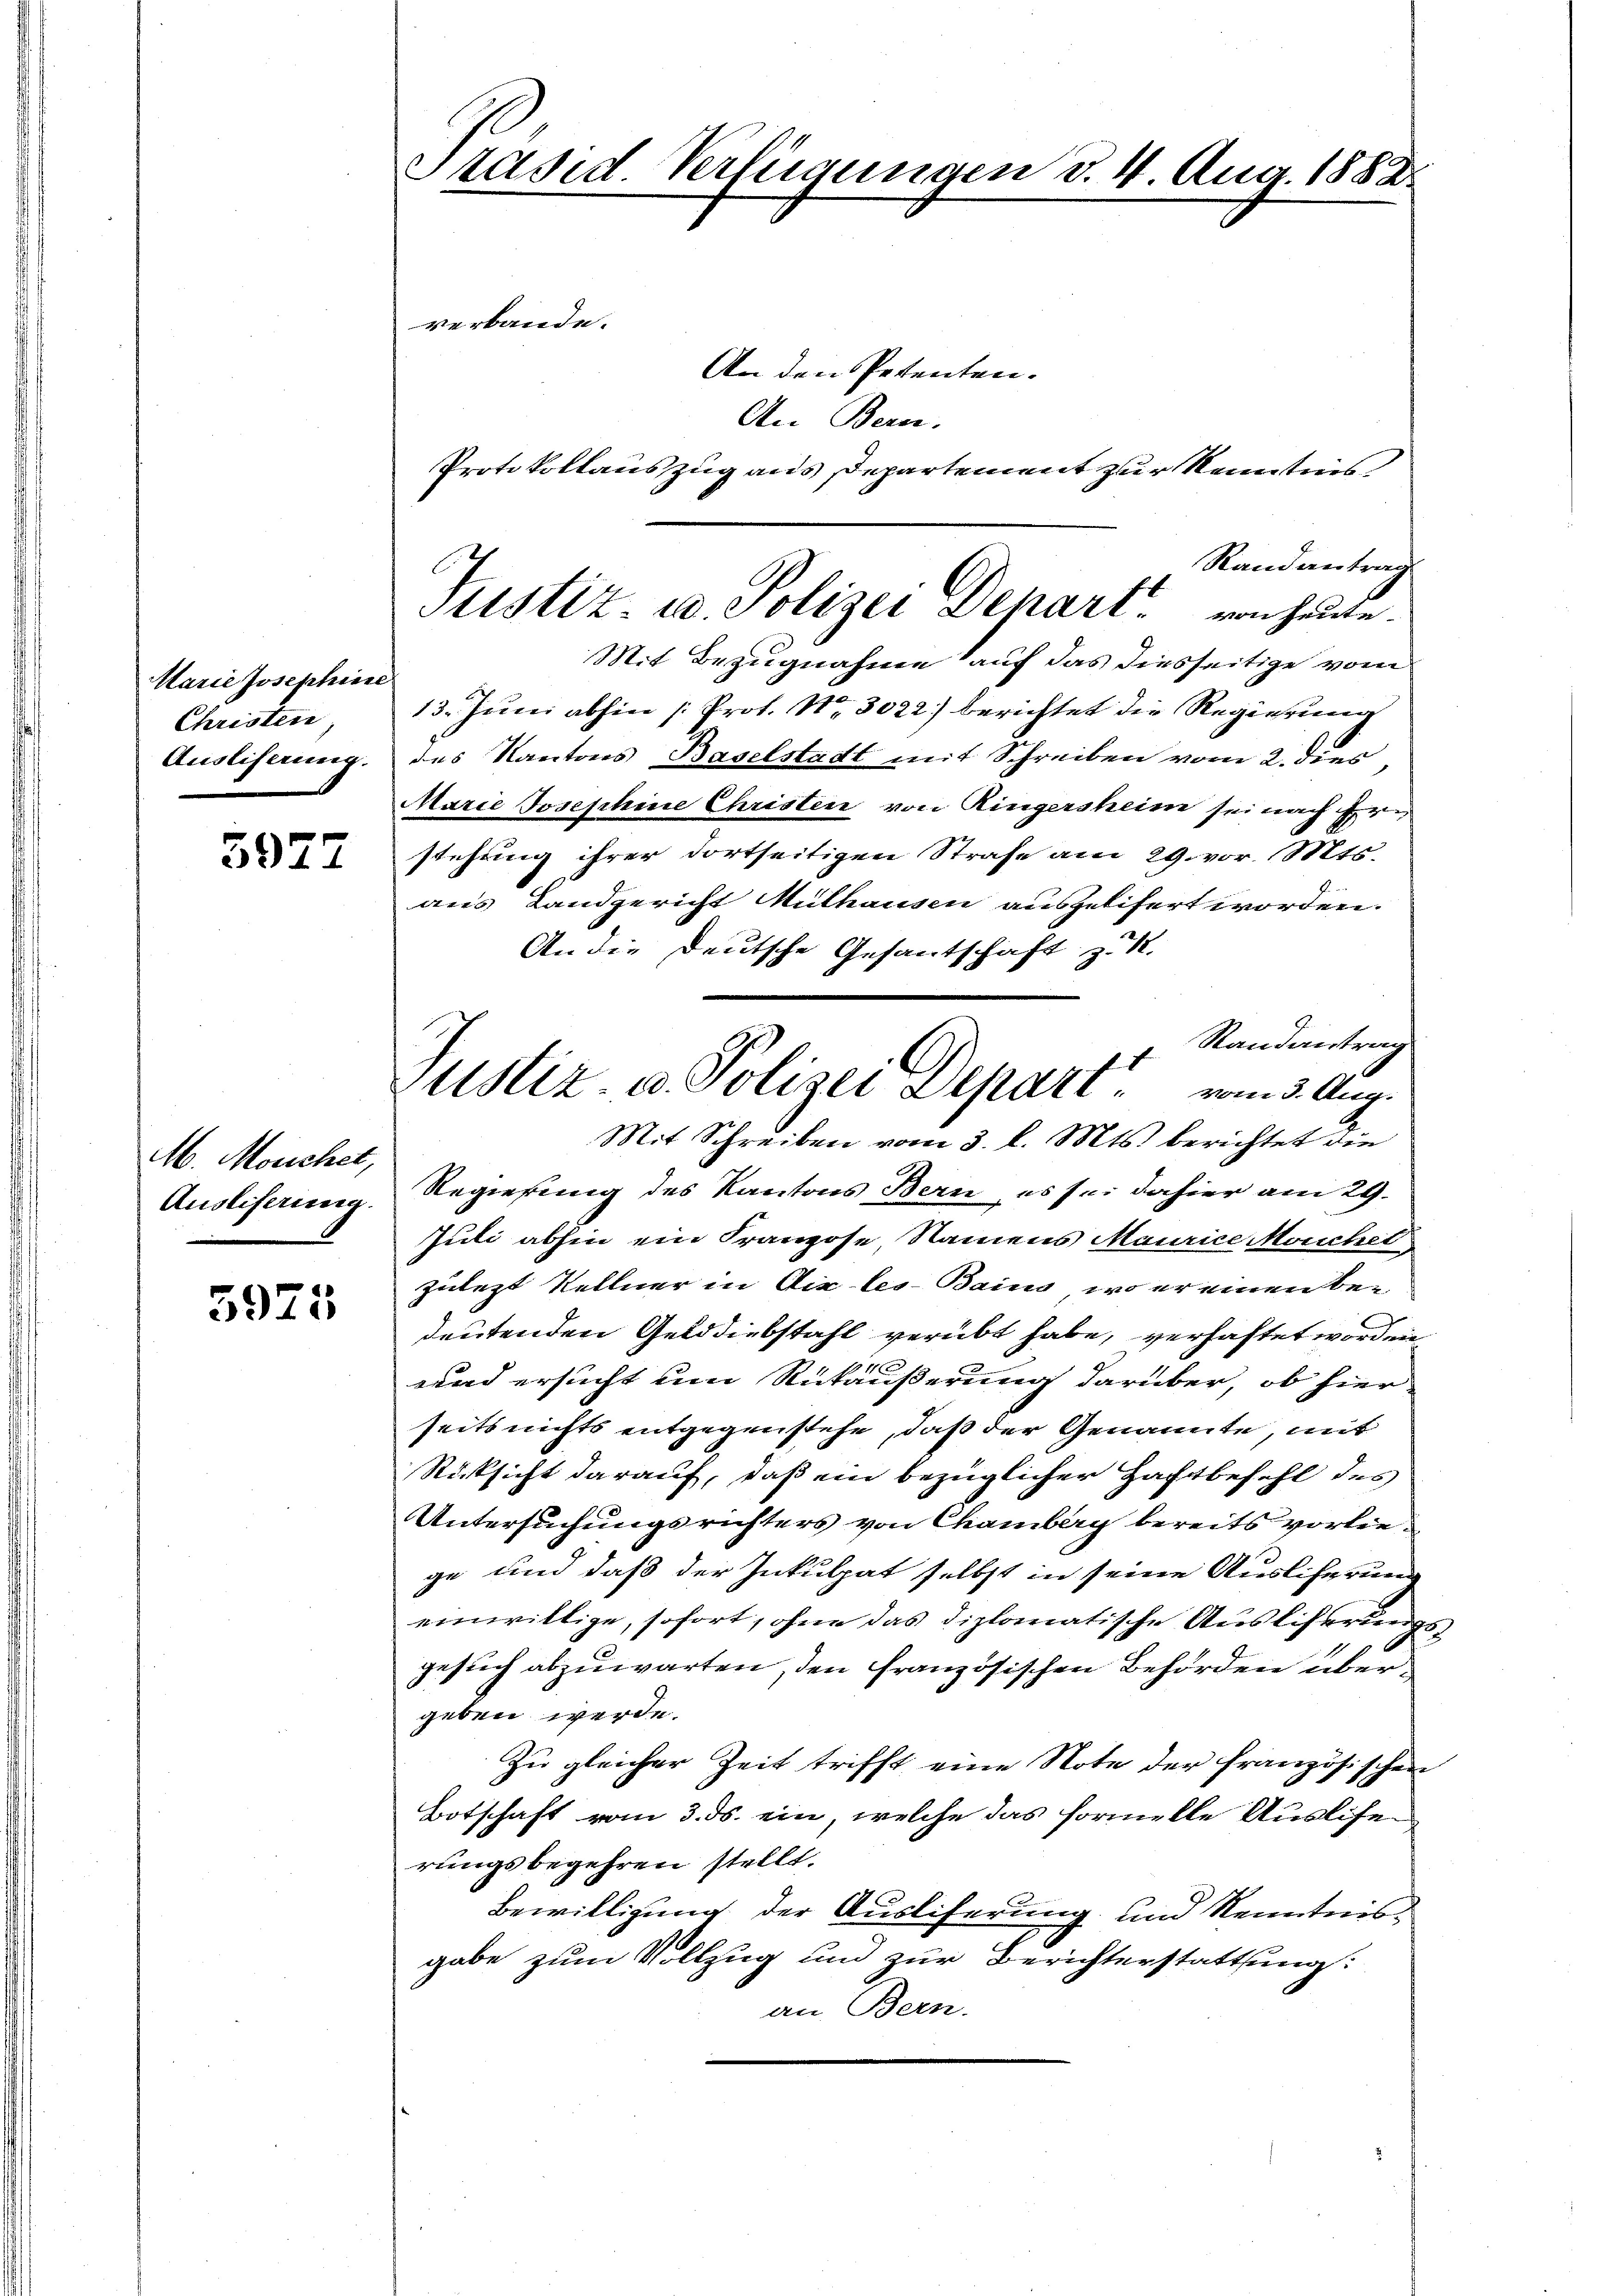
Marie Josephine
Christen
Ausliserung.

5977

M. Mouchet,
Auslieferung.

5925

Präsid Verfügungen d. 4 Aug. 1882

verbande.
An den Petenten.
Mit Bezugnahme auf das diesseitige vom
13. Juni abhin (: Prof. No. 3022) berichtet die Regierung
des Kantons Baselstadt mit Schreiben vom 2. dies
Marie Josephine Christen von Ringersheim sei nach Hrn
stehung ihrer dortseitigen Strafe am 29. vor. Mts.
aus Landgericht Mülhausen ausgelifert worden.
An die Deutsche Gesantschaft zu K.
Randantrag
Mit Schreiben vom 3. l. Mts. berichtet die
Regierung des Kantons Bern, es sei dahier am 29.
Juli abhin ein Franzose, Namens Maurice Morcher
zulezt Kellner in Aix-les-Bains, wo er einen bedeutenden Gelddiebstahl verübt habe, verhaftet worden
und ersucht um Rükäußerung darüber, ob hier
seits nichts entgegenstehe, daß der Genannte, mit
Rücksicht darauf, daß ein bezüglicher Haftbefehl des
Untersuchungsrichters von Chamberg bereits vorliege und daß der Inkulpat selbst in seine Ausliferung
einwillige, sofort, ohne das diplomatische Ausliserung
2
gesuch abzuwarten, den französischen Behörden übergeben werde.
Zu gleicher Zeit trifft eine Note der französischen
Botschaft vom 3. ds. ein, welche das formelle Ausliserungsbegehren stellt.
Bewilligung der Ausliferung und Kenntnisgabe zum Vollzug und zur Berichterstattung:
an Bern.

An Bern.
Protokollauszug aus Departement zur Kenntnis
Randantrag
Justiz- u. Polizei Depart von heute.

Zustiz- u. Polizei Separt vom 3. Aug.